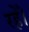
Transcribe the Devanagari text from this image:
रहेँ।